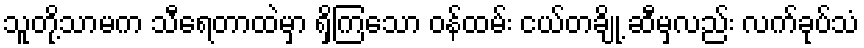
သူတို့သာမက သီရေတာထဲမှာ ရှိကြသော ဝန်ထမ်း ငယ်တချို့ ဆီမှလည်း လက်ခုပ်သံ